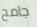
جامح